Annual report on the mental hospital in the Central Provinces and Berar (Nagpur) - 1927-1951
Year: 1927
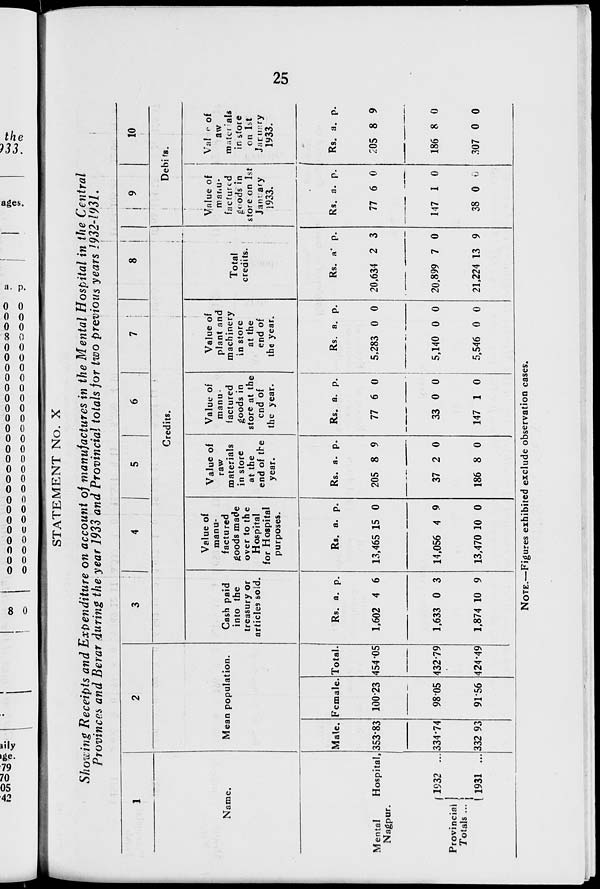
25
STATEMENT No. X
Showing Receipts and Expenditure on account of manufactures in the Mental Hospital in the Central
Provinces and Berar during the year 1933 and Provincial totals for two previous years 1932-1931.
1
Name.
Mental
Hospital,
Nagpur.
Provincial
Totals ...
1932 ...
1931 ...
2
Mean population.
Male.
353.83
334.74
332.93
Female.
100.23
98.05
91.56
Total.
454.05
432.79
424.49
3
4
5
6
7
8
Credits.
Cash paid
into the
treasury or
articles sold.
Rs.
1,602
1,633
1,874
a.
4
0
10
p.
6
3
9
Value of
manu-
factured
goods made
over to the
Hospital
for Hospital
purposes.
Rs.
13,465
14,056
13,470
a.
15
4
10
p.
0
9
0
Value of
raw
materials
in store
at the
end of the
year.
Rs.
205
37
186
a.
8
2
8
p.
9
0
0
Value of
manu-
factured
goods in
store at the
end of
the year.
Rs.
77
33
147
a.
6
0
1
p.
0
0
0
Value of
plant and
machinery
in store
at the
end of
the year.
Rs.
5,283
5,140
5,546
a.
0
0
0
p.
0
0
0
Total
credits.
Rs.
20,634
20,899
21,224
a.
2
7
13
p.
3
0
9
9
10
Debits.
Value of
manu-
factured
goods in
store on 1st
January
1933.
Rs.
77
147
38
a.
6
1
0
p.
0
0
0
Value of
raw
materials
in store
on 1st
January
1933.
Rs.
205
186
307
a.
8
8
0
p.
9
0
0
NOTE.—Figures exhibited exclude observation cases.